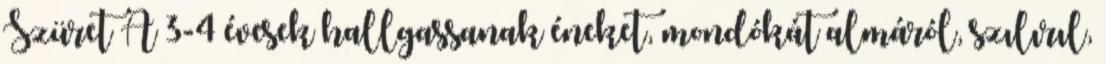
Szüret A 3-4 évesek hallgassanak éneket, mondókát almáról, szılırıl,